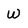
Character: w